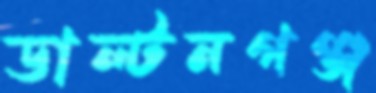
ডাল্টনগঞ্জ